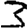
Digit: 3